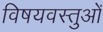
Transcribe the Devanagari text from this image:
विषयवस्‍तुओं